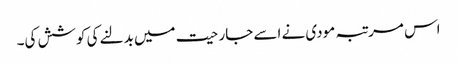
اس مرتبہ مودی نے اسے جارحیت میں بدلنے کی کوشش کی۔